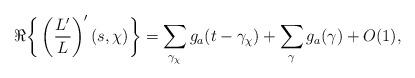
LaTeX: \begin{align*} \Re\bigg\{\left(\frac{L'}{L}\right)'(s,\chi)\bigg\} = \sum_{\gamma_\chi} g_{a}(t-\gamma_\chi)+\sum_{\gamma } g_{a}(\gamma) + O(1),\end{align*}